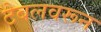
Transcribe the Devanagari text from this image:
टेबलवरून